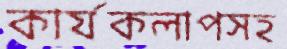
কার্যকলাপসহ